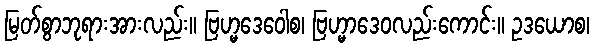
မြတ်စွာဘုရားအားလည်း။ ဗြဟ္မဒေဝေါစ၊ ဗြဟ္မာဒေဝလည်းကောင်း။ ဥဒယောစ၊